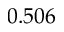
0 . 5 0 6